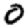
Digit: 0